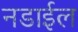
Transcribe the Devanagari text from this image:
नडाईल